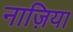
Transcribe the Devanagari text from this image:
नाज़िया